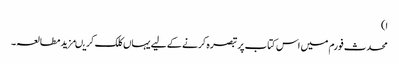
ا)
محدث فورم میں اس کتاب پر تبصرہ کرنے کے لیے یہاں کلک کریںمزید مطالعہ۔